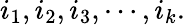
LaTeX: i_{1},i_{2},i_{3},\cdots,i_{k}.